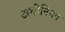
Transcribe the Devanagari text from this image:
अथीनियन